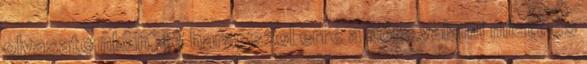
olvasatomban, te haragszol erre a nőre valami miatt és